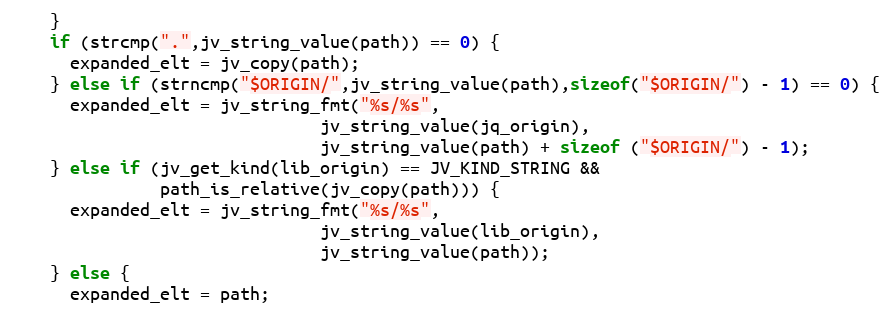
Language: C
    }
    if (strcmp(".",jv_string_value(path)) == 0) {
      expanded_elt = jv_copy(path);
    } else if (strncmp("$ORIGIN/",jv_string_value(path),sizeof("$ORIGIN/") - 1) == 0) {
      expanded_elt = jv_string_fmt("%s/%s",
                               jv_string_value(jq_origin),
                               jv_string_value(path) + sizeof ("$ORIGIN/") - 1);
    } else if (jv_get_kind(lib_origin) == JV_KIND_STRING &&
               path_is_relative(jv_copy(path))) {
      expanded_elt = jv_string_fmt("%s/%s",
                               jv_string_value(lib_origin),
                               jv_string_value(path));
    } else {
      expanded_elt = path;